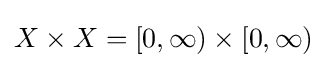
X\times X=[0,\infty )\times [0,\infty )